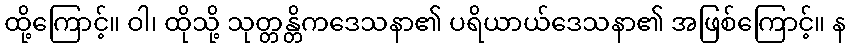
ထို့ကြောင့်။ ဝါ၊ ထိုသို့ သုတ္တန္တိကဒေသနာ၏ ပရိယာယ်ဒေသနာ၏ အဖြစ်ကြောင့်။ န